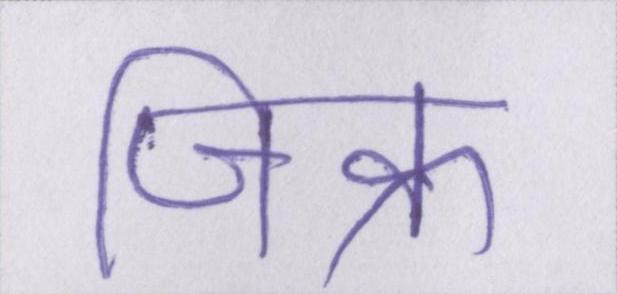
जिक्र